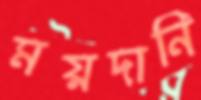
ময়দানি